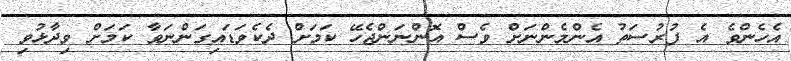
އެހެންވެ އެ ފުރުސަތު އެންމެންނަށް ވެސް އޮންނަންޖެހޭ ކަމަށް ދެކެވަޑައިގަންނަވާ ކަމަށް ވިދާޅުވި